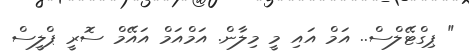
" ޕިގްޓޭލްސް.. އަމް އައި މީ މިލާން. އަމްއަމް އައޭމް ސޮރީ ޕްލީސް